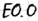
Text: E0.0